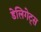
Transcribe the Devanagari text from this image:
डेलिगेट्स